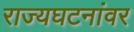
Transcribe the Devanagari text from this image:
राज्यघटनांवर